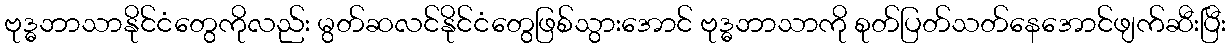
ဗုဒ္ဓဘာသာနိုင်ငံတွေကိုလည်း မွတ်ဆလင်နိုင်ငံတွေဖြစ်သွားအောင် ဗုဒ္ဓဘာသာကို စုတ်ပြတ်သတ်နေအောင်ဖျက်ဆီးပြီး